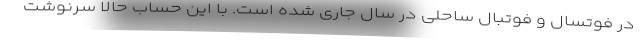
در فوتسال و فوتبال ساحلی در سال جاری شده است. با این حساب حالا سرنوشت